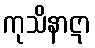
ကုသိနာဋာ